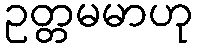
ဥတ္တမမာဟု